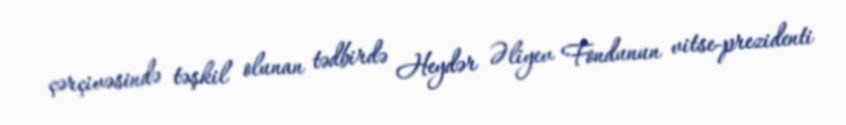
çərçivəsində təşkil olunan tədbirdə Heydər Əliyev Fondunun vitse-prezidenti